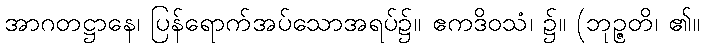
အာဂတဋ္ဌာနေ၊ ပြန်ရောက်အပ်သောအရပ်၌။ ဧကဒိဝသံ၊ ၌။ (ဘုဉ္ဇတိ၊ ၏။